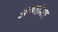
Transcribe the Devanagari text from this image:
अण्णांसह